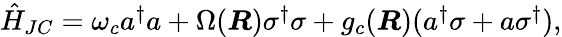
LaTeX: \begin{array}{r}{\hat{H}_{JC}=\omega_{c}a^{\dagger}a+\Omega(\boldsymbol{R})\sigma^{\dagger}\sigma+g_{c}(\boldsymbol{R})(a^{\dagger}\sigma+a\sigma^{\dagger}),}\end{array}